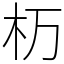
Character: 杤